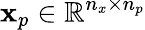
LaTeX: \mathbf{x}_{p}\in\mathbb{R}^{n_{x}\times n_{p}}